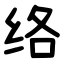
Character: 络